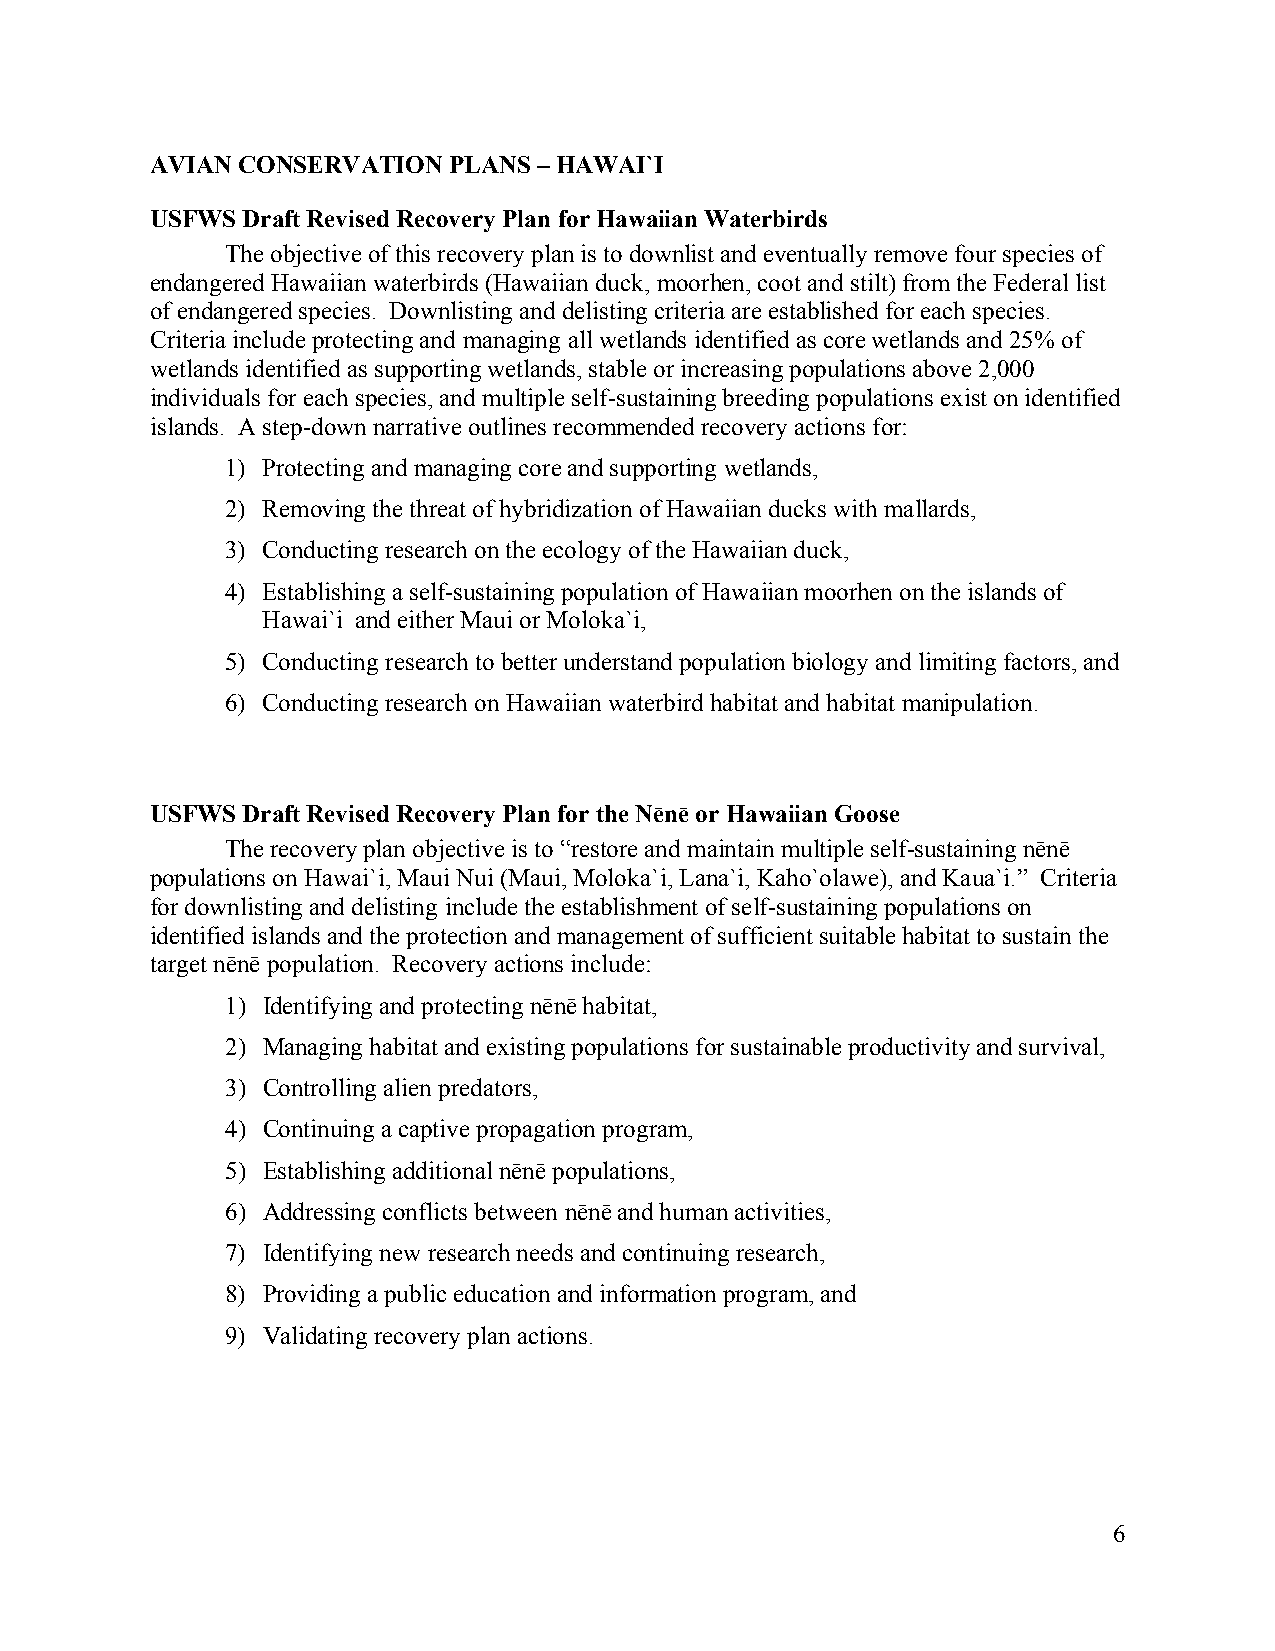
AVIAN CONSERVATION  PLANS – HAWAI`I
 USFWS Draft Revised Recovery Plan for Hawaiian Waterbirds
 The objective of this recovery plan is to downlist and eventually remove four species of
 endangered Hawaiian waterbirds (Hawaiian duck, moorhen, coot and stilt) from the Federal list
 of endangered species. Downlisting and delisting criteria are established for each species.
 Criteria include protecting and managing all wetlands identified as core wetlands and 25% of
 wetlands identified as supporting wetlands, stable or increasing populations above 2,000
 individuals for each species, and multiple self-sustaining breeding populations exist on identified
 islands. A step-down narrative outlines recommended recovery actions for:
 1) Protecting and managing core and supporting wetlands,
 2) Removing the threat of hybridization of Hawaiian ducks with mallards,
 3) Conducting research on the ecology of the Hawaiian duck,
 4) Establishing a self-sustaining population of Hawaiian moorhen on the islands of
 Hawai`i and either Maui or Moloka`i,
 5) Conducting research to better understand population biology and limiting factors, and
 6) Conducting research on Hawaiian waterbird habitat and habitat manipulation.
 USFWS Draft Revised Recovery Plan for the Nēnē or Hawaiian Goose
 The recovery plan objective is to “restore and maintain multiple self-sustaining nēnē
 populations on Hawai`i, Maui Nui (Maui, Moloka`i, Lana`i, Kaho`olawe), and Kaua`i.” Criteria
 for downlisting and delisting include the establishment of self-sustaining populations on
 identified islands and the protection and management of sufficient suitable habitat to sustain the
 target nēnē population. Recovery actions include:
 1) Identifying and protecting nēnē habitat,
 2) Managing habitat and existing populations for sustainable productivity and survival,
 3) Controlling alien predators,
 4) Continuing a captive propagation program,
 5) Establishing additional nēnē populations,
 6) Addressing conflicts between nēnē and human activities,
 7) Identifying new research needs and continuing research,
 8) Providing a public education and information program, and
 9) Validating recovery plan actions.
 6